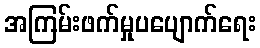
အကြမ်းဖက်မှုပပျောက်ရေး